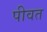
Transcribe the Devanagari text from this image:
पीवत